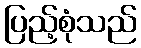
ပြည့်စုံသည်